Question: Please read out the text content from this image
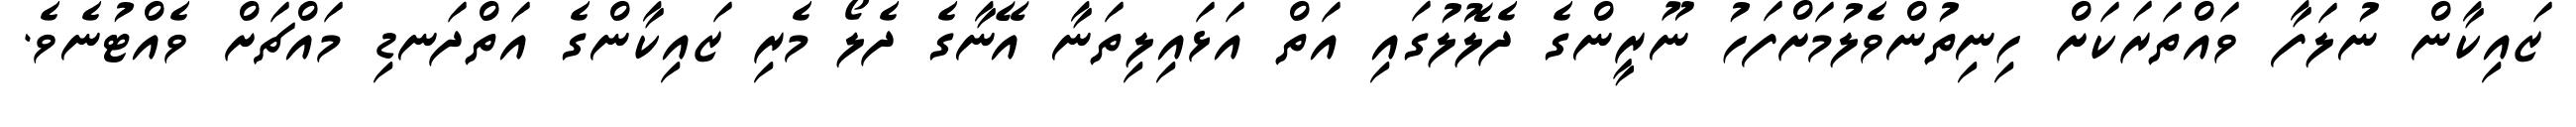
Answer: ޒައިކާން ނުލަފާ ވައްތަރަކަށް ހިނިތުންވެލުމަށްފަހު ނޫރީންގެ ދެލޮލުގައި އަތް އަޅައިލިތަނާ އޭނާގެ ދެލޯ މެރި ޒައިކާންގެ އަތްދަނޑި މައްޗަށް ވެއްޓުނެވެ.